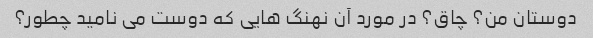
دوستان من؟ چاق؟ در مورد آن نهنگ هایی که دوست می نامید چطور؟